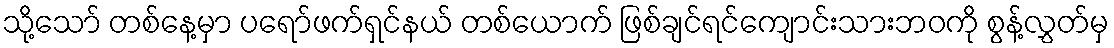
သို့သော် တစ်နေ့မှာ ပရော်ဖက်ရှင်နယ် တစ်ယောက် ဖြစ်ချင်ရင်ကျောင်းသားဘဝကို စွန့်လွှတ်မှ